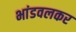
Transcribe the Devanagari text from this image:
भांडवलकर